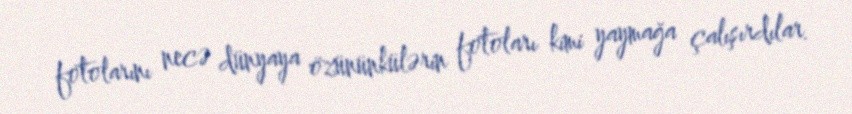
fotolarını necə dünyaya özününkülərin fotoları kimi yaymağa çalışırdılar.